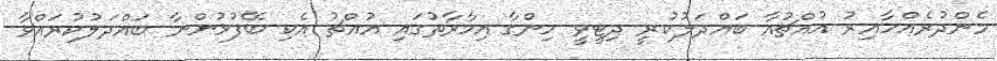
މެންދުރެއްހާއިރު އުއްޗުއާ ބައްދަލުކުރީ ދިޓީވީ ހިންގާ އިމާރާތުގައި އުއްޗު އެކި ބޭފުޅުންނާ ބައްދަލުކުރައްވާ